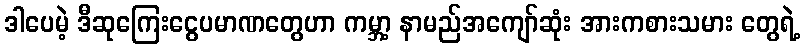
ဒါပေမဲ့ ဒီဆုကြေးငွေပမာဏတွေဟာ ကမ္ဘာ့ နာမည်အကျော်ဆုံး အားကစားသမား တွေရဲ့